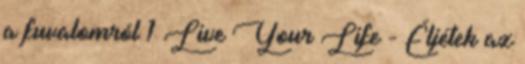
a fuvalomról 1 Live Your Life - Éljétek az